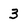
Character: 3